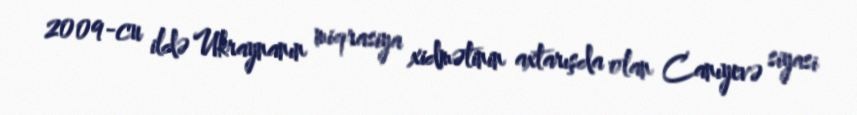
2009-cu ildə Ukraynanın miqrasiya xidmətinin axtarışda olan Canıyevə siyasi